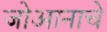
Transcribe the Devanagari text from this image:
जोआनाचे